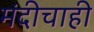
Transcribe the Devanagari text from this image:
मंदीचाही